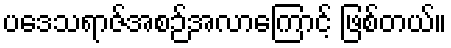
ပဒေသရာဇ်အစဉ်အလာကြောင့် ဖြစ်တယ်။